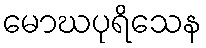
မောဃပုရိသေန